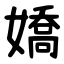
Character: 嬌